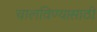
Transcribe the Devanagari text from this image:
चालविण्‍यासाठी